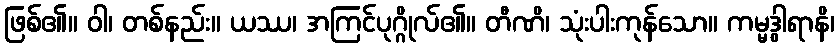
ဖြစ်၏။ ဝါ၊ တစ်နည်း။ ယဿ၊ အကြင်ပုဂ္ဂိုလ်၏။ တီဏိ၊ သုံးပါးကုန်သော။ ကမ္မဒွါရာနိ၊